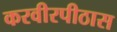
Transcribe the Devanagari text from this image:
करवीरपीठास